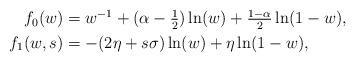
LaTeX: \begin{align*}\begin{aligned}f_0(w)&=w^{-1}+(\alpha-\tfrac12)\ln(w)+\tfrac{1-\alpha}{2}\ln(1-w),\\f_1(w,s)&=-(2\eta+s \sigma)\ln(w)+\eta\ln(1-w),\end{aligned}\end{align*}